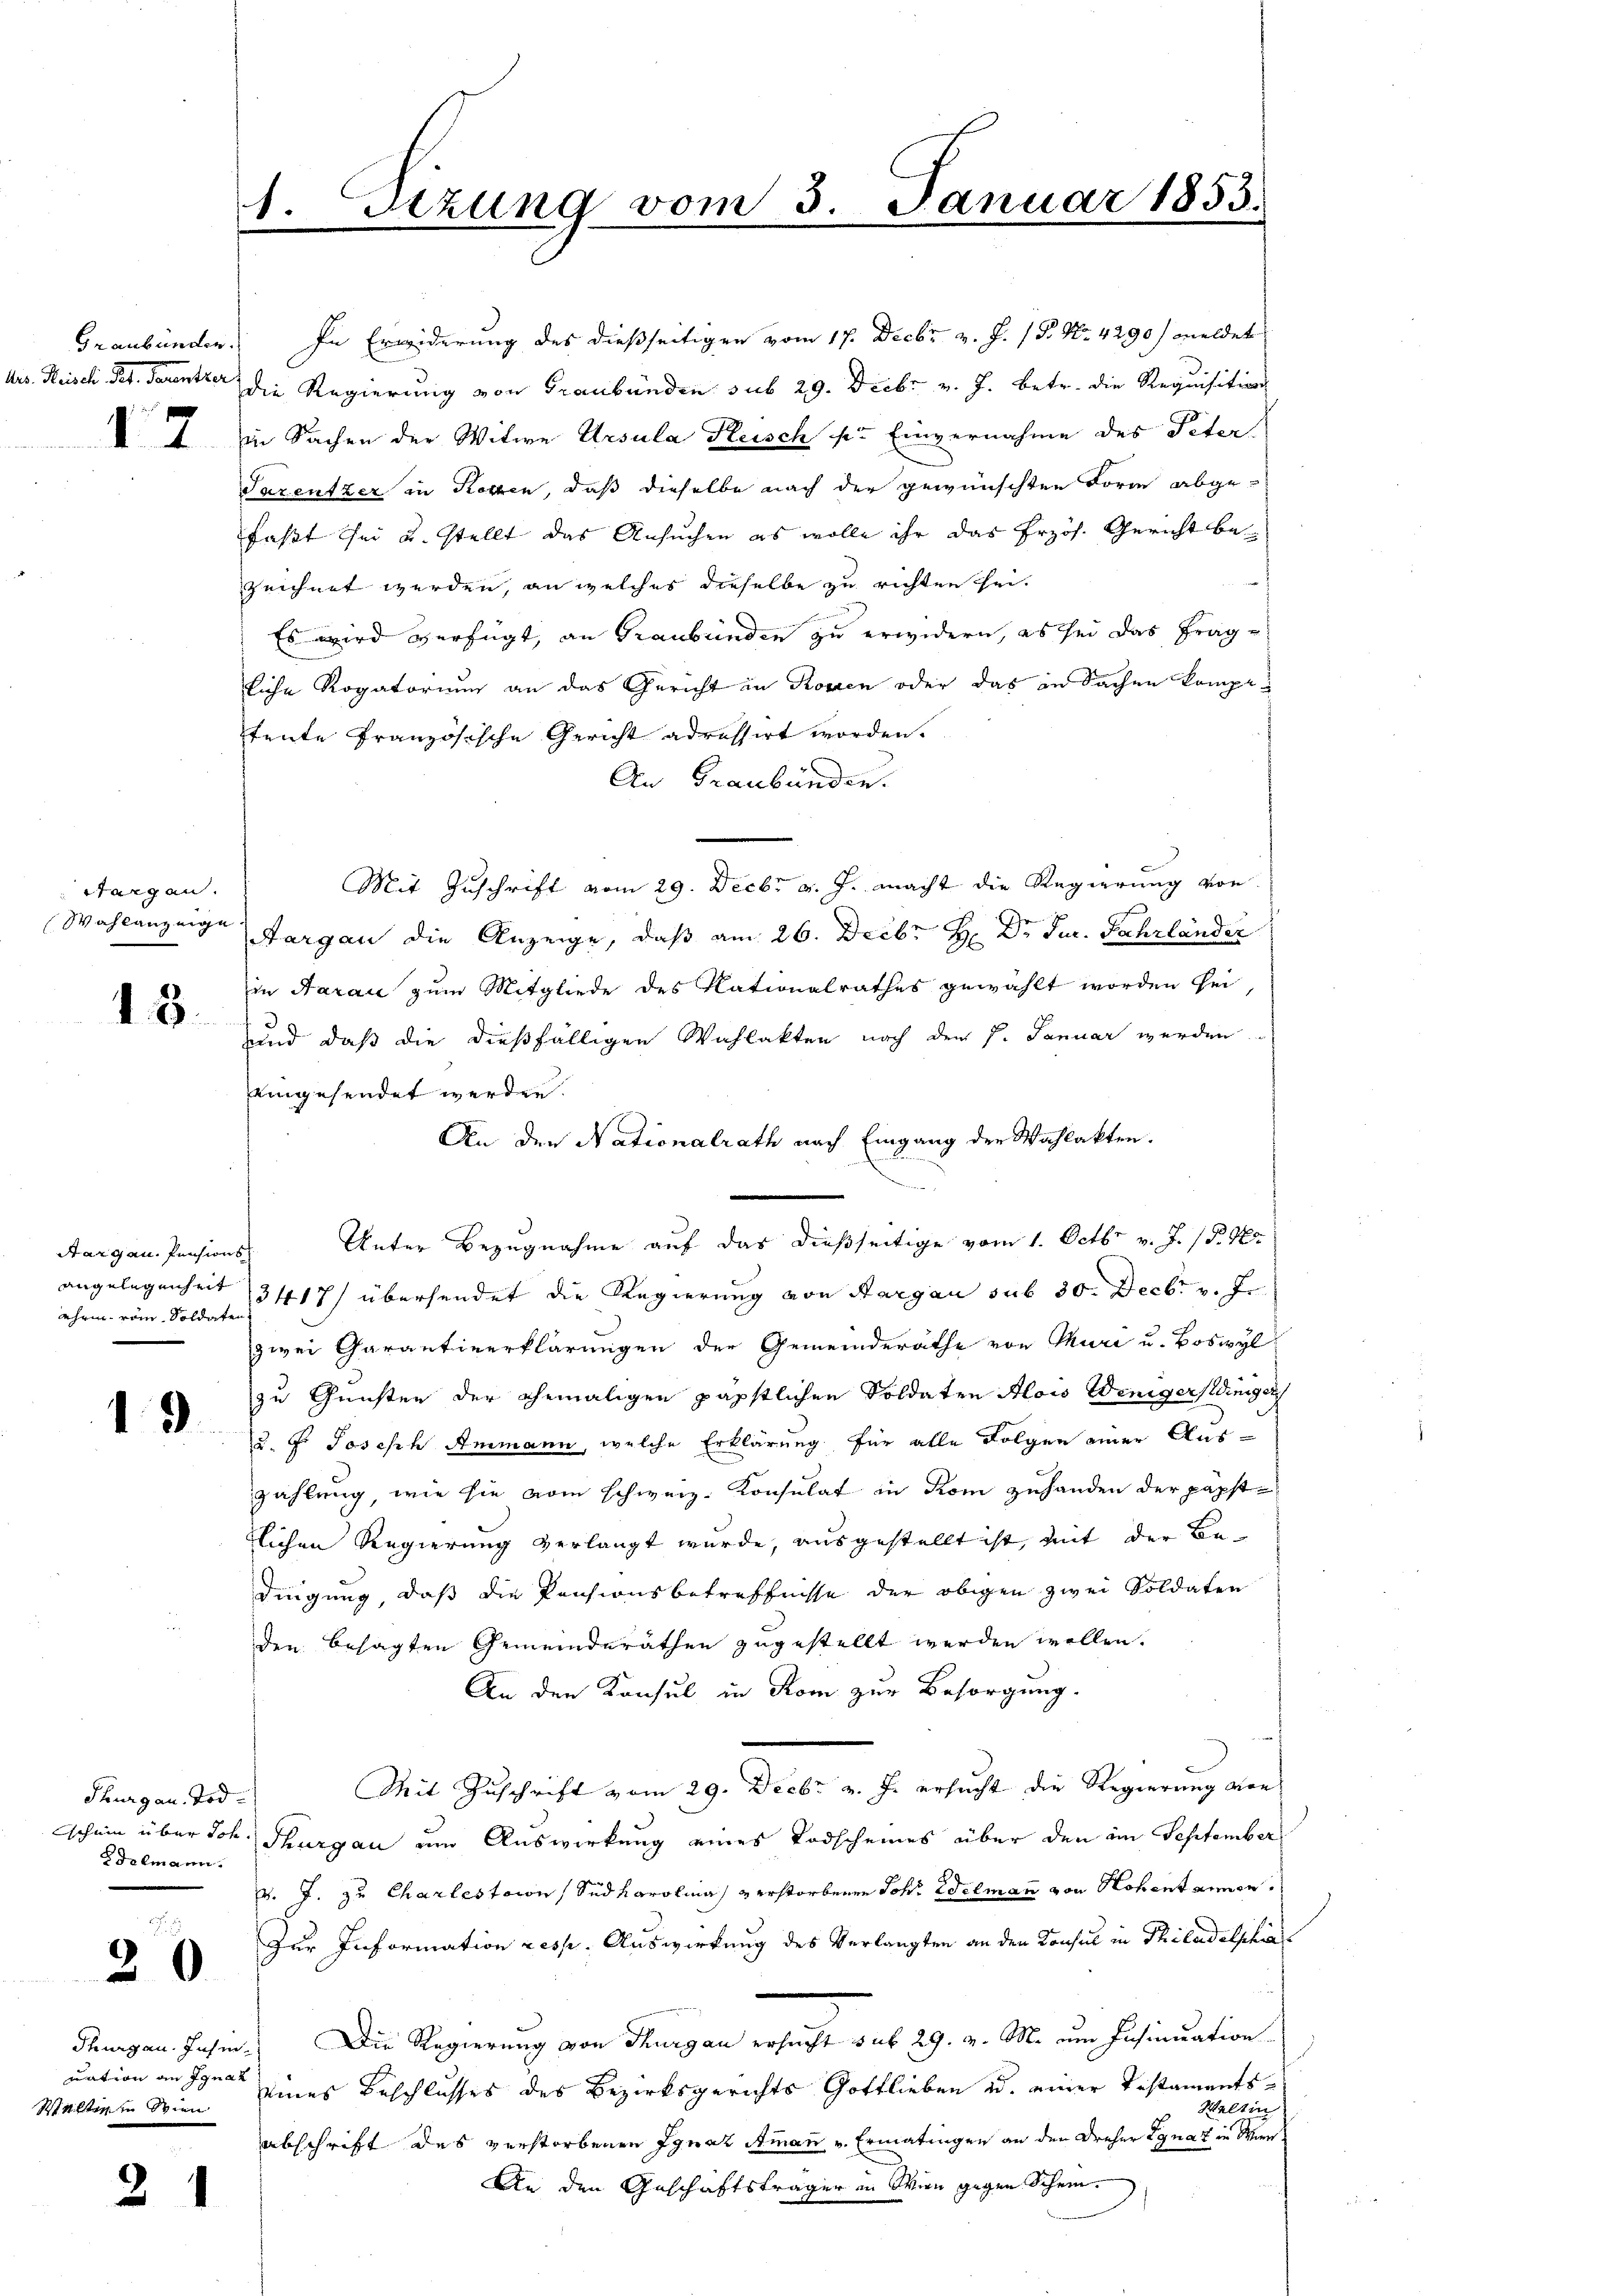
Graubünden.
des Heisch Pel. Parentzer

1

Sargau.
Wahlanzeige

18.

Aargau. Pensions
ahren vom Soldaten.

19

Thurgau. Tod
Syemann.

20

uation an Ignaz
Walten in Wien

2

In Erwiderung des dießseitigen vom 17. Decbr v. J. P. Nr. 4290) meldet
die Regierung von Graubünden sub 29. Dieb. v. J. betr. die Requisitions
in Sachen der Witwe Ursula Fleisch sr. Einvernahme des Peter
Sarentzer in Rosen, daß dieselbe nach der gewünschten Form abge-
faßt sei u. stellt das Ansuchen es wolle ihr das Erzös. Gericht be
zeichnet werden, an welches dieselbe zu richten sei.
Es wird verfügt, an Graubünden zu erwidern, es sei das Fragliche Rogatorium an das Gericht in Rosen oder das in Sachen kompeteute französische Gericht adressirt worden.
An Graubünden.
Mit Zuschrift vom 29. Decbr v. J. macht die Regierung von
Aargau die Anzeige, daß am 26. Decbr. H. Dr. Jur. Fahrländer
in Aarau zum Mitgliede des Nationalrathes gewählt worden sei,
3
und daß die dießfälligen Wahlakten nach den P. Januar werden
eingesendet werden.
An den Nationalrath nach Eingang die Wahlakten.
angelegenheit 3417) übersendet die Regierung von Aargau sub 30. Decbr v. J.
zwei Garantiverklärungen der Gemeinderäthe von Muri u. Boswyl
zu Gunsten der ehemaligen päpstlichen Soldaten Alois Wenigersdiniger
u. F. Joseph Ammann, welche Erklärung für alle Folgen einer Auszahlung, wie sie vom schweiz. Konsulat in Rom zuhanden der päpstflichen Regierung verlangt wurde, ausgestellt ist, mit der Bedingung, daß die Pensionsbetreffnisse der obigen zwei Soldaten
den besagten Gemeinderäthen zugestellt werden wollen.
An den Konsul in Rom zur Besorgung.
Mit Zuschrift vom 29. Decbr v. J. ersucht die Regierung von
schein über Joh. Thurgau um Auswirkung eines Todscheines über den im September
v. J. zu Charlestaion Sud Karolina verstorbenen Joh. Welmann von Hohent einen
Zur Information resp. Auswirkung des Verlangten an den Konsul in Philadelphin
Thurgau. Jahin. Die Regierung von Thurgau ersucht sub 29. v. M. um Insinuation
eines Beschlusses des Bezirksgerichts Gottlieben u. einer Testaments¬
Weltin
abschrift das verstorbenen Ignaz Ammann u. Ermatingen an den Dreher Ignaz in Wien¬
An den Geschäftsträger in Win gegen Schein.

1. Setzung vom 3. Januar 1853.

Unter Bezugnahme auf das dießseitige vom 1. Octbr. v. J. (T. Ho